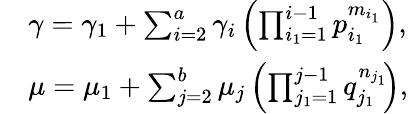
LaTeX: \begin{array}{rl}&{\gamma=\gamma_{1}+\sum_{i=2}^{a}\gamma_{i}\left(\prod_{i_{1}=1}^{i-1}p_{i_{1}}^{m_{i_{1}}}\right),}\\ &{\mu=\mu_{1}+\sum_{j=2}^{b}\mu_{j}\left(\prod_{j_{1}=1}^{j-1}q_{j_{1}}^{n_{j_{1}}}\! \right),}\end{array}